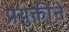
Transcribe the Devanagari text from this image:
प्रयुक्तीने